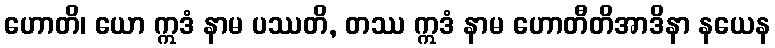
ဟောတိ၊ ယော ဣဒံ နာမ ပဿတိ, တဿ ဣဒံ နာမ ဟောတီတိအာဒိနာ နယေန